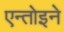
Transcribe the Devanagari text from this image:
एन्तोइने